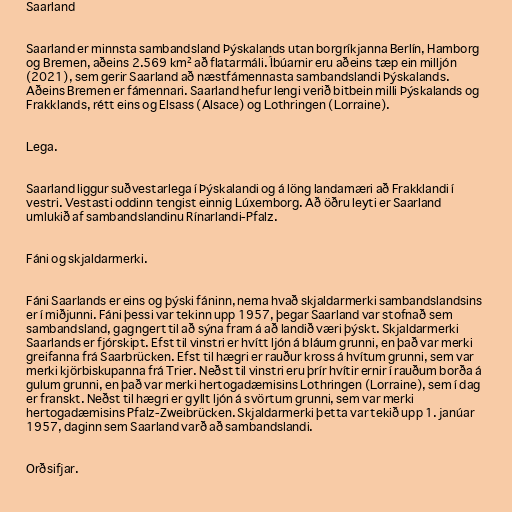
Saarland

Saarland er minnsta sambandsland Þýskalands utan borgríkjanna Berlín, Hamborg
og Bremen, aðeins 2.569 km² að flatarmáli. Íbúarnir eru aðeins tæp ein milljón
(2021), sem gerir Saarland að næstfámennasta sambandslandi Þýskalands.
Aðeins Bremen er fámennari. Saarland hefur lengi verið bitbein milli Þýskalands og
Frakklands, rétt eins og Elsass (Alsace) og Lothringen (Lorraine).

Lega.

Saarland liggur suðvestarlega í Þýskalandi og á löng landamæri að Frakklandi í
vestri. Vestasti oddinn tengist einnig Lúxemborg. Að öðru leyti er Saarland
umlukið af sambandslandinu Rínarlandi-Pfalz.

Fáni og skjaldarmerki.

Fáni Saarlands er eins og þýski fáninn, nema hvað skjaldarmerki sambandslandsins
er í miðjunni. Fáni þessi var tekinn upp 1957, þegar Saarland var stofnað sem
sambandsland, gagngert til að sýna fram á að landið væri þýskt. Skjaldarmerki
Saarlands er fjórskipt. Efst til vinstri er hvítt ljón á bláum grunni, en það var merki
greifanna frá Saarbrücken. Efst til hægri er rauður kross á hvítum grunni, sem var
merki kjörbiskupanna frá Trier. Neðst til vinstri eru þrír hvítir ernir í rauðum borða á
gulum grunni, en það var merki hertogadæmisins Lothringen (Lorraine), sem í dag
er franskt. Neðst til hægri er gyllt ljón á svörtum grunni, sem var merki
hertogadæmisins Pfalz-Zweibrücken. Skjaldarmerki þetta var tekið upp 1. janúar
1957, daginn sem Saarland varð að sambandslandi.

Orðsifjar.